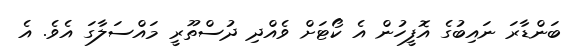
ބަންޑާރަ ނައިބުގެ އޮފީހުން އެ ކޯޓަށް ވެއްދި ދުސްތޫރީ މައްސަލާގަ އެވެ. އެ